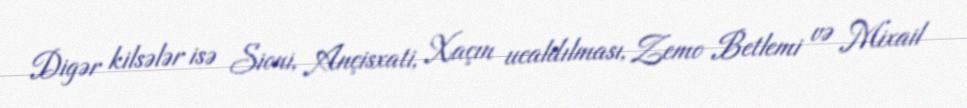
Digər kilsələr isə Sioni, Ançisxati, Xaçın ucaldılması, Zemo Betlemi və Mixail